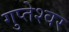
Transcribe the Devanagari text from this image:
गुप्‍तेश्‍वर